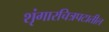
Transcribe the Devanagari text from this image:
शृंगारचित्रपटातील